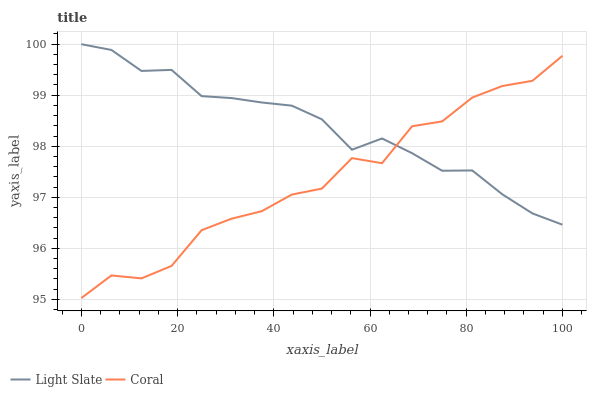
| xaxis_label | Light Slate | Coral |
 | --- | --- | --- |
 | 0 | 100 | 95 |
 | 6.25 | 99.9 | 95.5 |
 | 12.5 | 99.5 | 95.4 |
 | 18.8 | 99.5 | 95.7 |
 | 25 | 99 | 96.4 |
 | 31.2 | 98.9 | 96.6 |
 | 37.5 | 98.9 | 96.7 |
 | 43.8 | 98.8 | 97.1 |
 | 50 | 98.5 | 97.2 |
 | 56.2 | 97.9 | 97.8 |
 | 62.5 | 98.2 | 97.7 |
 | 68.8 | 97.9 | 98.4 |
 | 75 | 97.5 | 98.5 |
 | 81.2 | 97.5 | 99 |
 | 87.5 | 97.1 | 99.2 |
 | 93.8 | 96.7 | 99.3 |
 | 100 | 96.5 | 99.8 |